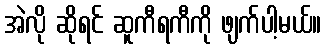
အဲလို ဆိုရင် ဆူကီရကီကို ဖျက်ပါ့မယ်။